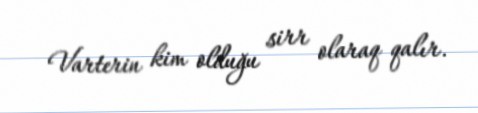
Varterin kim olduğu sirr olaraq qalır.